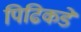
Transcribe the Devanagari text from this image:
पिढिकडे